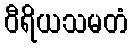
ဝီရိယသမတံ